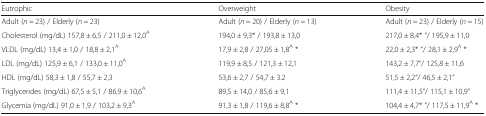
<table><thead><tr><td><b>Eutrophic</b></td><td><b>Overweight</b></td><td><b>Obesity</b></td></tr></thead><tbody><tr><td>Adult (<i>n</i> = 23) / Elderly (<i>n</i> = 23)</td><td>Adult (<i>n</i> = 20) / Elderly (<i>n</i> = 13)</td><td>Adult (<i>n</i> = 23) / Elderly (<i>n</i> = 15)</td></tr><tr><td>Cholesterol (mg/dL) 157,8 ± 6,5 / 211,0 ± 12,0<sup>A</sup></td><td>194,0 ± 9,3* / 193,8 ± 13,0</td><td>217,0 ± 8,4* “/ 195,9 ± 11,0</td></tr><tr><td>VLDL (mg/dL) 13,4 ± 1,0 / 18,8 ± 2,1<sup>A</sup></td><td>17,9 ± 2,8 / 27,05 ± 1,8<sup>A</sup> *</td><td>22,0 ± 2,3* “/ 28,1 ± 2,9<sup>A</sup> *</td></tr><tr><td>LDL (mg/dL) 125,9 ± 6,1 / 133,0 ± 11,0<sup>A</sup></td><td>119,9 ± 8,5 / 121,3 ± 12,1</td><td>143,2 ± 7,7“/ 125,8 ± 11,6</td></tr><tr><td>HDL (mg/dL) 58,3 ± 1,8 / 55,7 ± 2,3</td><td>53,6 ± 2,7 / 54,7 ± 3.2</td><td>51,5 ± 2,2“/ 46,5 ± 2,1“</td></tr><tr><td>Triglycerides (mg/dL) 67,5 ± 5,1 / 86,9 ± 10,6<sup>A</sup></td><td>89,5 ± 14,0 / 85,6 ± 9,1</td><td>111,4 ± 11,5“/ 115,1 ± 10,9“</td></tr><tr><td>Glycemia (mg/dL) 91,0 ± 1,9 / 103,2 ± 9,3<sup>A</sup></td><td>91,3 ± 1,8 / 119,6 ± 8,8<sup>A</sup> *</td><td>104,4 ± 4,7* “/ 117,5 ± 11,9<sup>A</sup> *</td></tr></tbody></table>